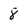
Character: 8